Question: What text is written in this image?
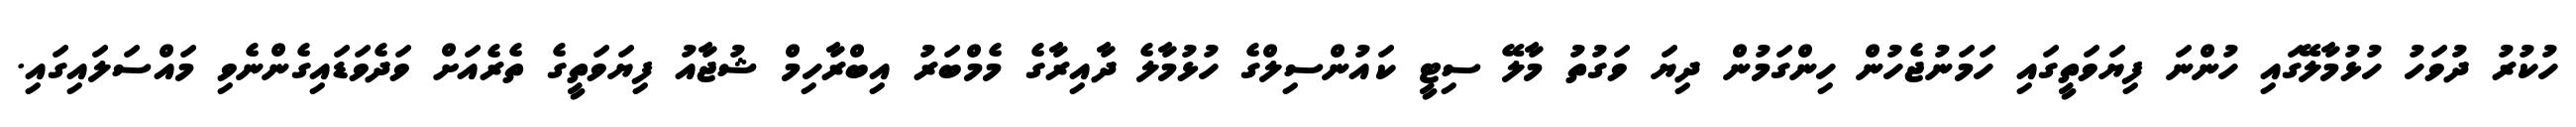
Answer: ހުކުރު ދުވަހު ހުޅުމާލޭގައި ހުންނަ ފިޔަވަތީގައި ހަމަނުޖެހުން ހިންގަމުން ދިޔަ ވަގުތު މާލޭ ސިޓީ ކައުންސިލްގެ ހުޅުމާލެ ދާއިރާގެ މެމްބަރު އިބްރާހިމް ޝުޖާއު ފިޔަވަތީގެ ތެރެއަށް ވަދެވަޑައިގެންނެވި މައްސަލައިގައި.